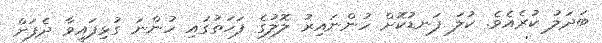
ބަދަލު ކުރެއެވެ. ކުލަ ފަނޑުކޮށް ހުންނައިރު ލޮލުގެ ފަހަތުގައި ހުންނަ ގުޅިފައިވާ ދެފަށް